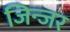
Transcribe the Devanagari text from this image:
जिन्जर